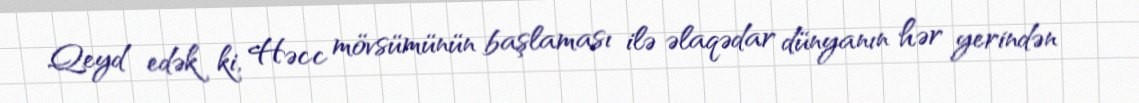
Qeyd edək ki, Həcc mövsümünün başlaması ilə əlaqədar dünyanın hər yerindən